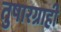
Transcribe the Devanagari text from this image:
तुषारग्राही